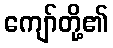
ကျော်တို့၏